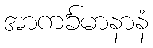
အာကင်္ခမာနာနံ